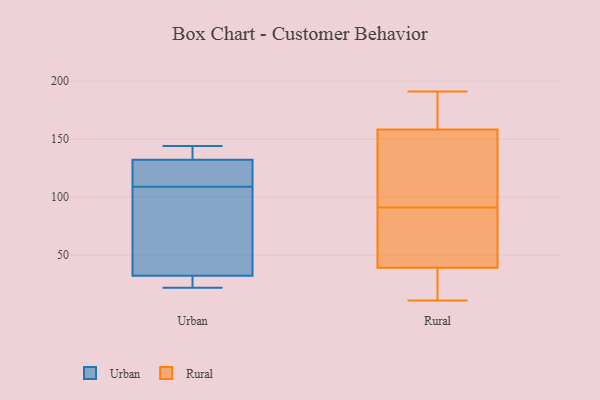
{"axis": {"x": "Humidity (%)", "y": "Value"}, "legend": ["Rural", "Urban"], "data": [{"x": "", "y": 133, "type": "Urban"}, {"x": "", "y": 26, "type": "Urban"}, {"x": "", "y": 22, "type": "Urban"}, {"x": "", "y": 109, "type": "Urban"}, {"x": "", "y": 33, "type": "Urban"}, {"x": "", "y": 130, "type": "Urban"}, {"x": "", "y": 41, "type": "Urban"}, {"x": "", "y": 30, "type": "Urban"}, {"x": "", "y": 140, "type": "Urban"}, {"x": "", "y": 132, "type": "Urban"}, {"x": "", "y": 51, "type": "Urban"}, {"x": "", "y": 144, "type": "Urban"}, {"x": "", "y": 123, "type": "Urban"}, {"x": "", "y": 21, "type": "Rural"}, {"x": "", "y": 92, "type": "Rural"}, {"x": "", "y": 40, "type": "Rural"}, {"x": "", "y": 191, "type": "Rural"}, {"x": "", "y": 39, "type": "Rural"}, {"x": "", "y": 168, "type": "Rural"}, {"x": "", "y": 91, "type": "Rural"}, {"x": "", "y": 119, "type": "Rural"}, {"x": "", "y": 99, "type": "Rural"}, {"x": "", "y": 11, "type": "Rural"}, {"x": "", "y": 39, "type": "Rural"}, {"x": "", "y": 63, "type": "Rural"}, {"x": "", "y": 138, "type": "Rural"}, {"x": "", "y": 184, "type": "Rural"}, {"x": "", "y": 43, "type": "Rural"}, {"x": "", "y": 27, "type": "Rural"}, {"x": "", "y": 165, "type": "Rural"}, {"x": "", "y": 165, "type": "Rural"}, {"x": "", "y": 67, "type": "Rural"}]}